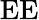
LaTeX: \mathrm{EE}